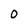
Character: 0